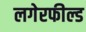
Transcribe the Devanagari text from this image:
लगेरफील्ड